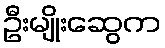
ဦးမျိုးဆွေက